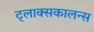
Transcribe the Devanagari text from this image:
ट्लाक्सकालन्स